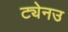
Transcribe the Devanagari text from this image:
ट्येनउ